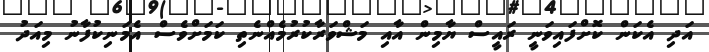
އަދި އެކަން ކޮށްފައިވަނީ ރައީސް ޔާމިން އާއި މަޝްވަރާކުރުމެއްނެތި ކަމަށްވެސް އެމަނިކުފާނު މިއަދު